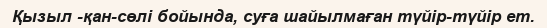
Қызыл -қан-сөлі бойында, суға шайылмаған түйір-түйір ет.